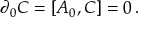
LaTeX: \partial _ { 0 } C = [ A _ { 0 } , C ] = 0 \, .